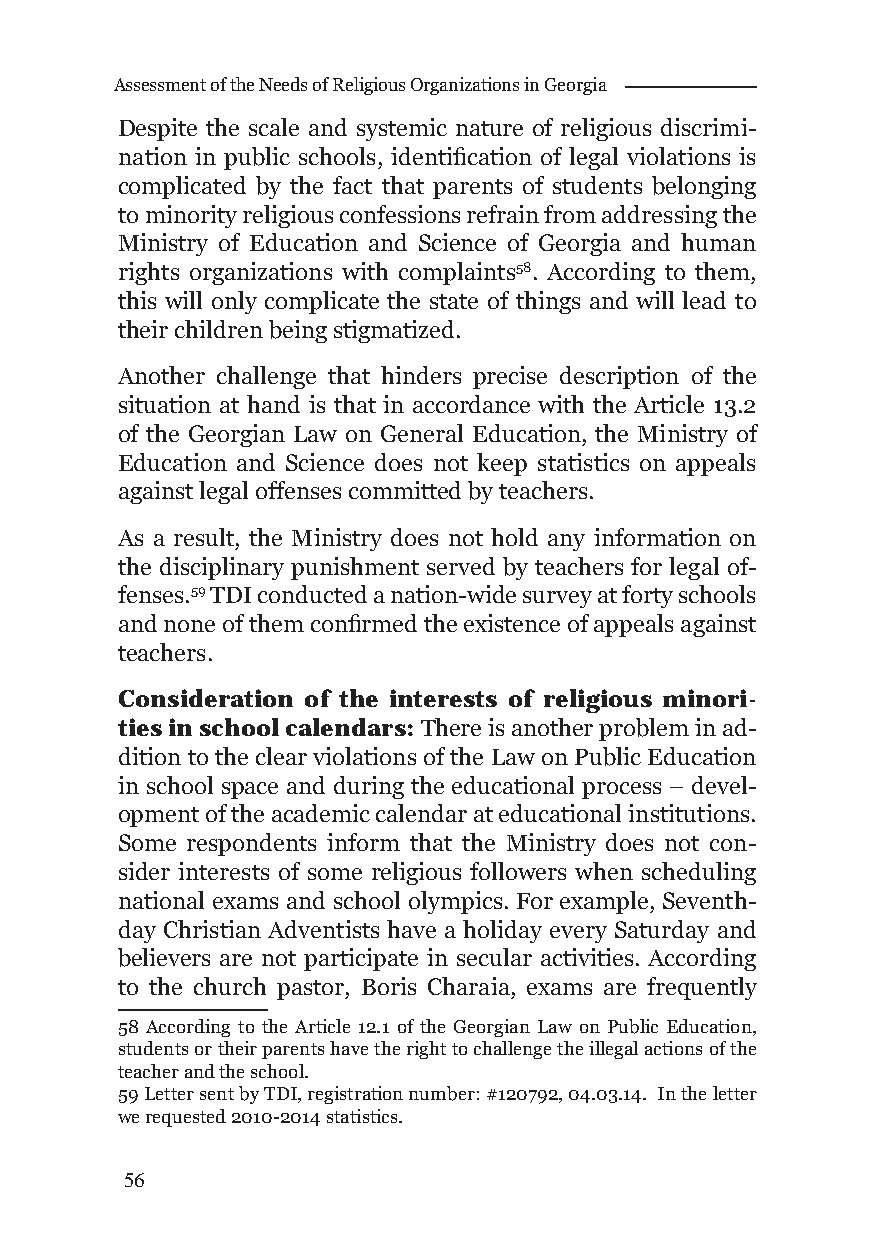
Assessment of the Needs of Religious Organizations in Georgia
 Despite the scale and systemic nature of religious discrimi-
 nation in public schools, identifi cation of legal violations is
 complicated by the fact that parents of students belonging
 to minority religious confessions refrain from addressing the
 Ministry of Education and Science of Georgia and human
 rights organizations with complaints58. According to them,
 this will only complicate the state of things and will lead to
 their children being stigmatized.
 Another challenge that hinders precise description of the
 situation at hand is that in accordance with the Article 13.2
 of the Georgian Law on General Education, the Ministry of
 Education and Science does not keep statistics on appeals
 against legal offenses committed by teachers.
 As a result, the Ministry does not hold any information on
 the disciplinary punishment served by teachers for legal of-
 fenses.59 TDI conducted a nation-wide survey at forty schools
 and none of them confi rmed the existence of appeals against
 teachers.
 Consideration of the interests of religious minori-
 ties in school calendars: There is another problem in ad-
 dition to the clear violations of the Law on Public Education
 in school space and during the educational process – devel-
 opment of the academic calendar at educational institutions.
 Some respondents inform that the Ministry does not con-
 sider interests of some religious followers when scheduling
 national exams and school olympics. For example, Seventh-
 day Christian Adventists have a holiday every Saturday and
 believers are not participate in secular activities. According
 to the church pastor, Boris Charaia, exams are frequently
 58 According to the Article 12.1 of the Georgian Law on Public Education,
 students or their parents have the right to challenge the illegal actions of the
 teacher and the school.
 59 Letter sent by TDI, registration number: #120792, 04.03.14. In the letter
 we requested 2010-2014 statistics.
 56